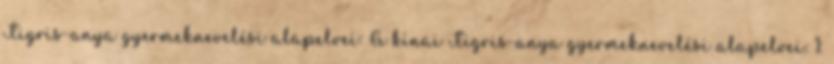
Tigris-anya gyermeknevelési alapelvei: A kínai Tigris-anya gyermeknevelési alapelvei: 1.